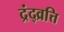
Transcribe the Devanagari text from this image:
द्रंद्व्रत्ति